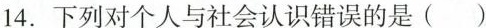
14.下列对个人与社会认识错误的是( )